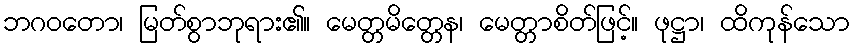
ဘဂဝတော၊ မြတ်စွာဘုရား၏။ မေတ္တမိတ္တေန၊ မေတ္တာစိတ်ဖြင့်။ ဖုဋ္ဌာ၊ ထိကုန်သော